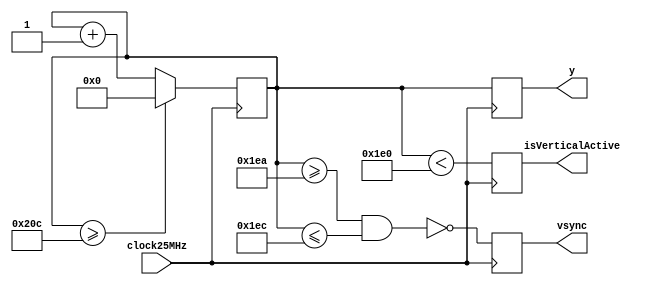
module vSync(
input clock25MHz,
output reg vsync,
output reg isVerticalActive,
output reg [9:0] y
);
parameter
	vFrontPorch = 10'd10,
	vBackPorch = 10'd33,
	vSyncPulse = 10'd2,
	vSyncActive = 10'd480,
	syncStart = vSyncActive + vFrontPorch,
	syncEnd = syncStart+vSyncPulse,
	dataStart = vSyncPulse+ vBackPorch,
	dataEnd = dataStart + vSyncActive;

localparam maxCount = vFrontPorch+vBackPorch+vSyncPulse+vSyncActive;

reg [9:0] counter = 0; // 9 bits (max value is 512)
always @(posedge clock25MHz) begin
    if (counter >= maxCount - 1)
        counter <= 0;
    else
        counter <= counter + 10'd1;
    
	 vsync <= ~(counter >= syncStart & counter <= syncEnd);
    y     <= counter;
    isVerticalActive  <= (counter < vSyncActive);
end


endmodule